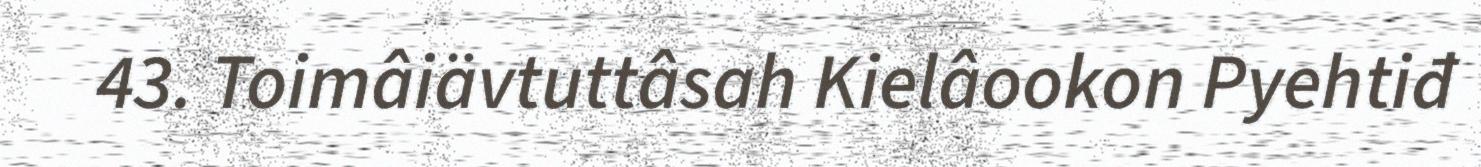
43. Toimâiävtuttâsah Kielâookon Pyehtiđ